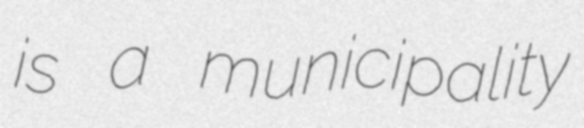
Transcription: is a municipality